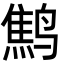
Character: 鹪